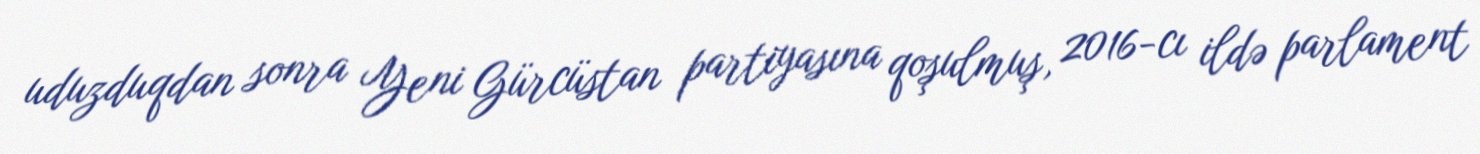
uduzduqdan sonra Yeni Gürcüstan partiyasına qoşulmuş, 2016-cı ildə parlament